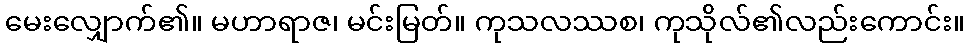
မေးလျှောက်၏။ မဟာရာဇ၊ မင်းမြတ်။ ကုသလဿစ၊ ကုသိုလ်၏လည်းကောင်း။